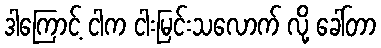
ဒါကြောင့် ငါက ငါးမြင်းသလောက် လို့ ခေါ်တာ